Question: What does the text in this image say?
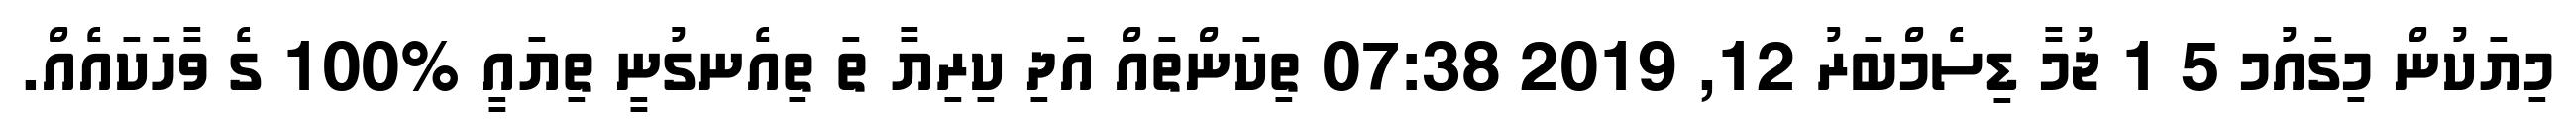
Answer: މިޔަކުން މިގައުމ 5 1 ޖުމާ ޑިސެމްބަރު 12, 2019 07:38 ތިކަންތައް އަދި ކިރިޔާ ތަ ތިއެނގުނީ ތިޔައީ %100 ގެ ވާހަކައެއް.